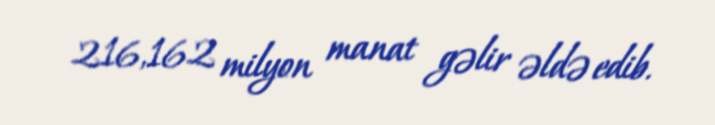
216,162 milyon manat gəlir əldə edib.